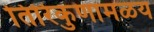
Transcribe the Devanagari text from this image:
तिरिकुणामळय